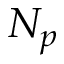
N _ { p }